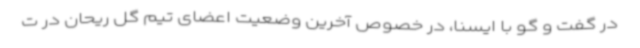
در گفت و گو با ایسنا، در خصوص آخرین وضعیت اعضای تیم گل ریحان در ت